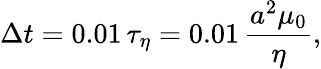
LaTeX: \Delta t=0.01\, \tau_{\eta}=0.01\, \frac{a^{2}\mu_{0}}{\eta},